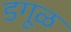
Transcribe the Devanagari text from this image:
डगूळ